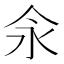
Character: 𰁯